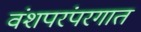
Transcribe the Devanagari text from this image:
वंशपरंपरगात